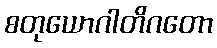
စတုယောဂါတိဂတော